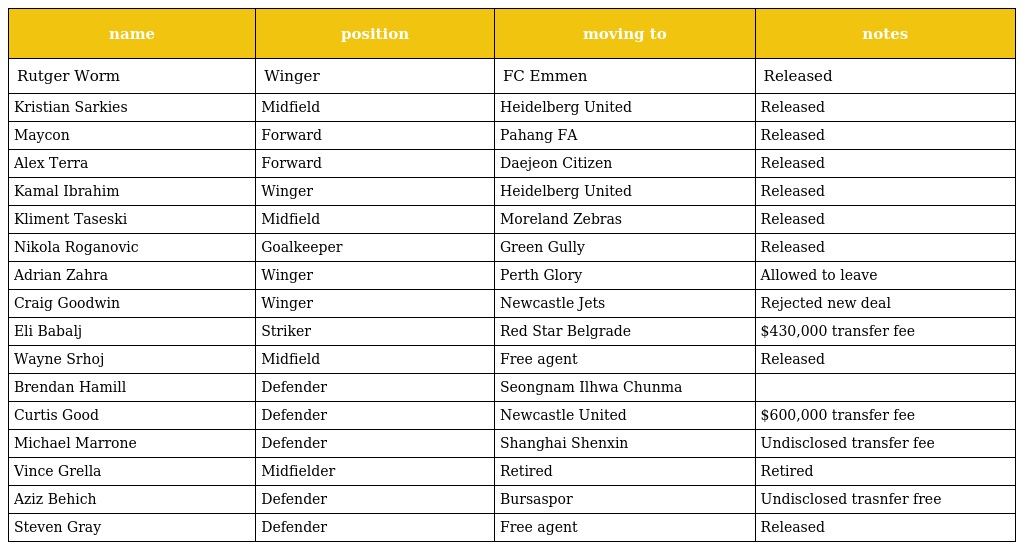
| name | position | moving to | notes |
 | --- | --- | --- | --- |
 | Rutger Worm | Winger | FC Emmen | Released |
 | Kristian Sarkies | Midfield | Heidelberg United | Released |
 | Maycon | Forward | Pahang FA | Released |
 | Alex Terra | Forward | Daejeon Citizen | Released |
 | Kamal Ibrahim | Winger | Heidelberg United | Released |
 | Kliment Taseski | Midfield | Moreland Zebras | Released |
 | Nikola Roganovic | Goalkeeper | Green Gully | Released |
 | Adrian Zahra | Winger | Perth Glory | Allowed to leave |
 | Craig Goodwin | Winger | Newcastle Jets | Rejected new deal |
 | Eli Babalj | Striker | Red Star Belgrade | $430,000 transfer fee |
 | Wayne Srhoj | Midfield | Free agent | Released |
 | Brendan Hamill | Defender | Seongnam Ilhwa Chunma |  |
 | Curtis Good | Defender | Newcastle United | $600,000 transfer fee |
 | Michael Marrone | Defender | Shanghai Shenxin | Undisclosed transfer fee |
 | Vince Grella | Midfielder | Retired | Retired |
 | Aziz Behich | Defender | Bursaspor | Undisclosed trasnfer free |
 | Steven Gray | Defender | Free agent | Released |